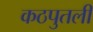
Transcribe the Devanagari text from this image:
कठपुतली